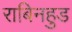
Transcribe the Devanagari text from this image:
राबिनहुड